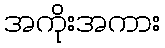
အကိုးအကား